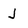
Character: J